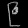
Digit: ၉